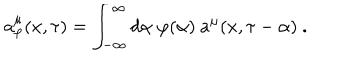
a _ { \varphi } ^ { \mu } ( x , \tau ) = \int _ { - \infty } ^ { \infty } d \alpha \ \varphi ( \alpha ) \ a ^ { \mu } ( x , \tau - \alpha ) \ .